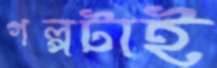
গল্পটাই